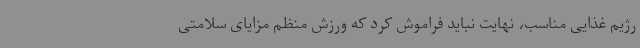
رژیم غذایی مناسب، نهایت نباید فراموش کرد که ورزش منظم مزایای سلامتی